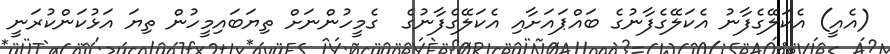
(އެއީ) އެކަލޭގެފާނު އެކަލޭގެފާނުގެ ބައްޕައަށާއި އެކަލޭގެފާނުގެ  ގެމީހުންނަށް ތިޔަބައިމީހުން ތިޔަ އަޅުކަންކުރަނީ